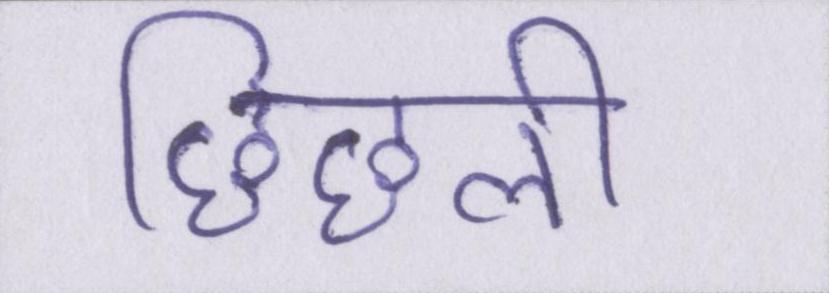
छिछली